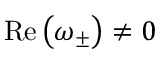
\mathrm { R e } \left( \omega _ { \pm } \right) \neq 0